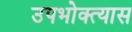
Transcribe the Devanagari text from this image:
उपभोक्त्यास